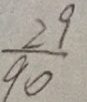
\frac { 2 9 } { 9 0 }